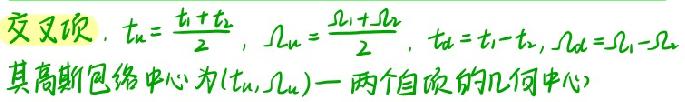
交叉项，$t_{u}=\frac{t_{1}+t_{2}}{2}$，$\Omega_{u}=\frac{\Omega_{1}+\Omega_{2}}{2}$，$t_{d}=t_{1}-t_{2}$，$\Omega_{d}=\Omega_{1}-\Omega_{2}$
其高斯包络中心为$(t_{u},\Omega_{u})$（两个自项的几何中心）